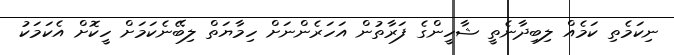
ނިކަމެތި ކަމެއް ލިބިދާނެތީ ޝާހީންގެ ފަރާތުން އަހަރެންނަށް ހިމާޔަތް ލިބޭނެކަމަށް ހީކޮށް އެކަމަކު